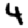
Digit: 4